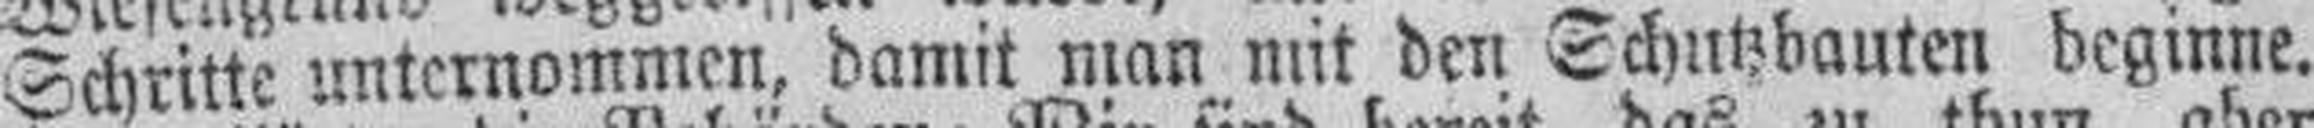
Schritte unternommen, damit man mit den Schutzbauten beginne.